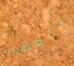
بتعطيل